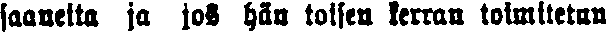
saaneita, ja jos hän toisen kerran tomitetun